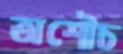
অশৌচ